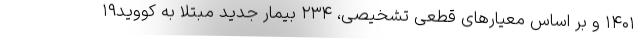
۱۴۰۱ و بر اساس معیارهای قطعی تشخیصی، ۲۳۴ بیمار جدید مبتلا به کووید۱۹